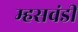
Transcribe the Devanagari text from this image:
म्हसवंडी